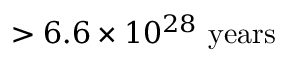
> 6 . 6 \times 1 0 ^ { 2 8 } \ \mathrm { y e a r s }